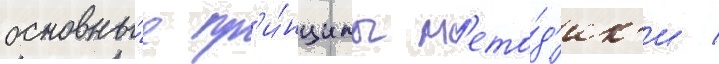
основны́е пр'и́нципы м'ето́д'ик'и /